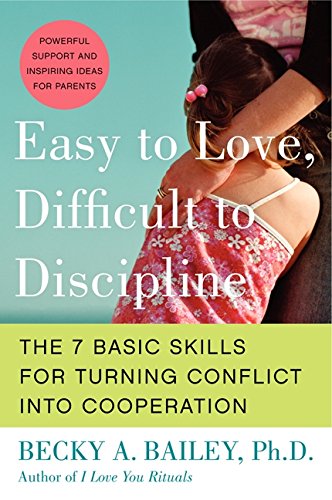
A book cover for Easy to Love, Difficult to Discipline: The 7 Basic Skills for Turning Conflict into Cooperation; Becky A. Bailey; Parenting & Relationships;